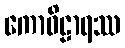
ကောဝိဠာရဿ